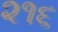
૨૧૬